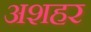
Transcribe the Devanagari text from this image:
अशहर